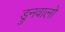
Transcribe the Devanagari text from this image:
ड्रुनवालो